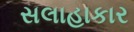
સલાહાકાર